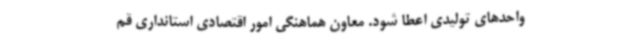
واحدهای تولیدی اعطا شود. معاون هماهنگی امور اقتصادی استانداری قم